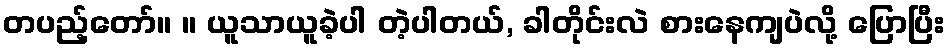
တပည့်တော်။ ။ ယူသာယူခဲ့ပါ တဲ့ပါတယ်, ခါတိုင်းလဲ စားနေကျပဲလို့ ပြောပြီး